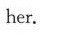
her.